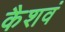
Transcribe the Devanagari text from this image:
कैशवं